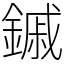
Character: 鏚